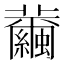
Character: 𦇂